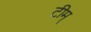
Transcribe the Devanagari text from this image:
टीम्